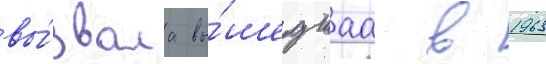
вы́звала вы́шедшаа в 1963